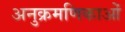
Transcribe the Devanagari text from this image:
अनुक्रमणिकाओं